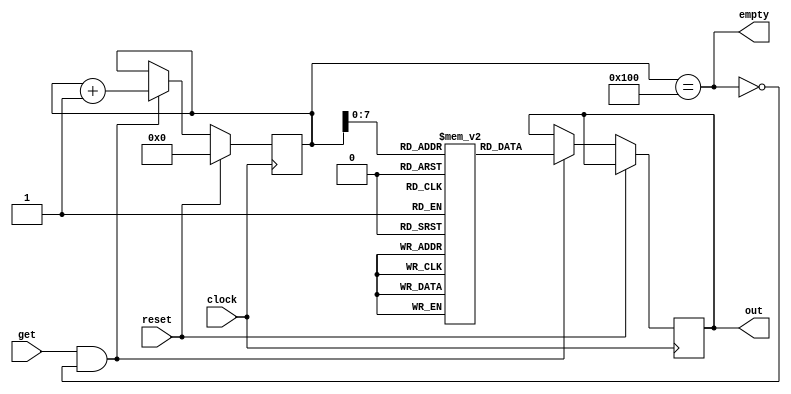
/*
 * Sequental ROM Module
 *
 * Copyright (c) 2021-2022 Alexei A. Smekalkine <ikle@ikle.ru>
 *
 * SPDX-License-Identifier: BSD-2-Clause
 */

`ifndef MEM_ROM_SEQ_0_V
`define MEM_ROM_SEQ_0_V  1

module rom_seq_0 #(
	parameter W = 8, FILE = "", SIZE = 256
)(
	input clock, input reset,
	output reg [W-1:0] out, input get, output empty
);
	localparam AW = $clog2 (SIZE + 1);

	reg [AW-1:0] index;
	reg [W-1:0] m[0:SIZE-1];

	initial if (FILE != "")
		$readmemh (FILE, m);

	assign empty = (index == SIZE);

	always @(posedge clock)
		if (reset)
			index <= 0;
		else
		if (get & !empty) begin
			out   <= m[index];
			index <= index + 1;
		end
endmodule

`endif  /* MEM_ROM_SEQ_0_V */